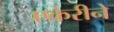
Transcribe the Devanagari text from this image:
एकेरीने